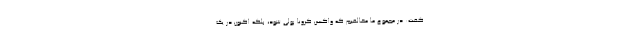
گفت: در مجموع ما مخالفیم که واکسن کرونا پولی شود، بلکه اکنون در یک